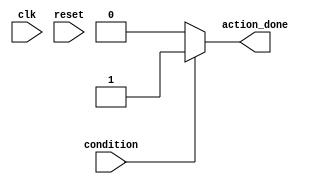
module conditional_wait_example(
    input wire clk,
    input wire reset,
    input wire condition,   // The condition to wait for
    output reg action_done  // Output to indicate the action is completed
);

    initial begin
        action_done = 0; // Initialize output
    end

    always @(*) begin
        // Wait for the condition to become true
        if (condition) begin
            action_done = 1; // Perform action when condition is met
        end
        else begin
            action_done = 0; // Reset action when condition is not met
        end
    end

endmodule